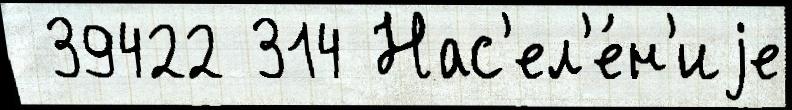
 39422 314 Нас'ел'е́н'иjе